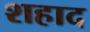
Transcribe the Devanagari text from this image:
शहाद